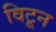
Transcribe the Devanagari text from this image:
विटून